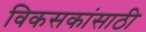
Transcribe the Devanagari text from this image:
विकसकांसाठी